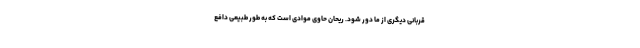
قربانی دیگری از ما دور شود. ریحان حاوی موادی است که به طور طبیعی دافع